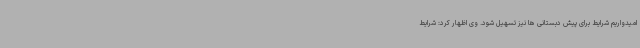
امیدواریم شرایط برای پیش دبستانی ها نیز تسهیل شود. وی اظهار کرد: شرایط